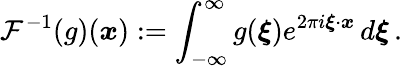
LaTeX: \mathcal{F}^{-1}(g)(\boldsymbol{x}):=\int_{-\infty}^{\infty}g(\boldsymbol{\xi})e^{2\pi i\boldsymbol{\xi}\cdot\boldsymbol{x}}\, d\boldsymbol{\xi}\, .